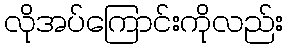
လိုအပ်ကြောင်းကိုလည်း